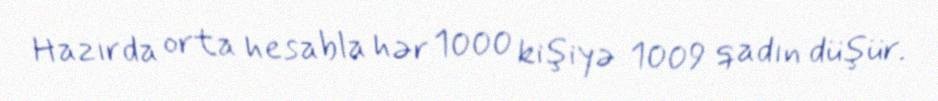
Hazırda orta hesabla hər 1000 kişiyə 1009 qadın düşür.